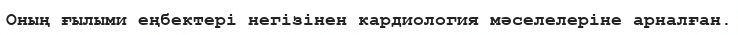
Оның ғылыми еңбектері негізінен кардиология мәселелеріне арналған.